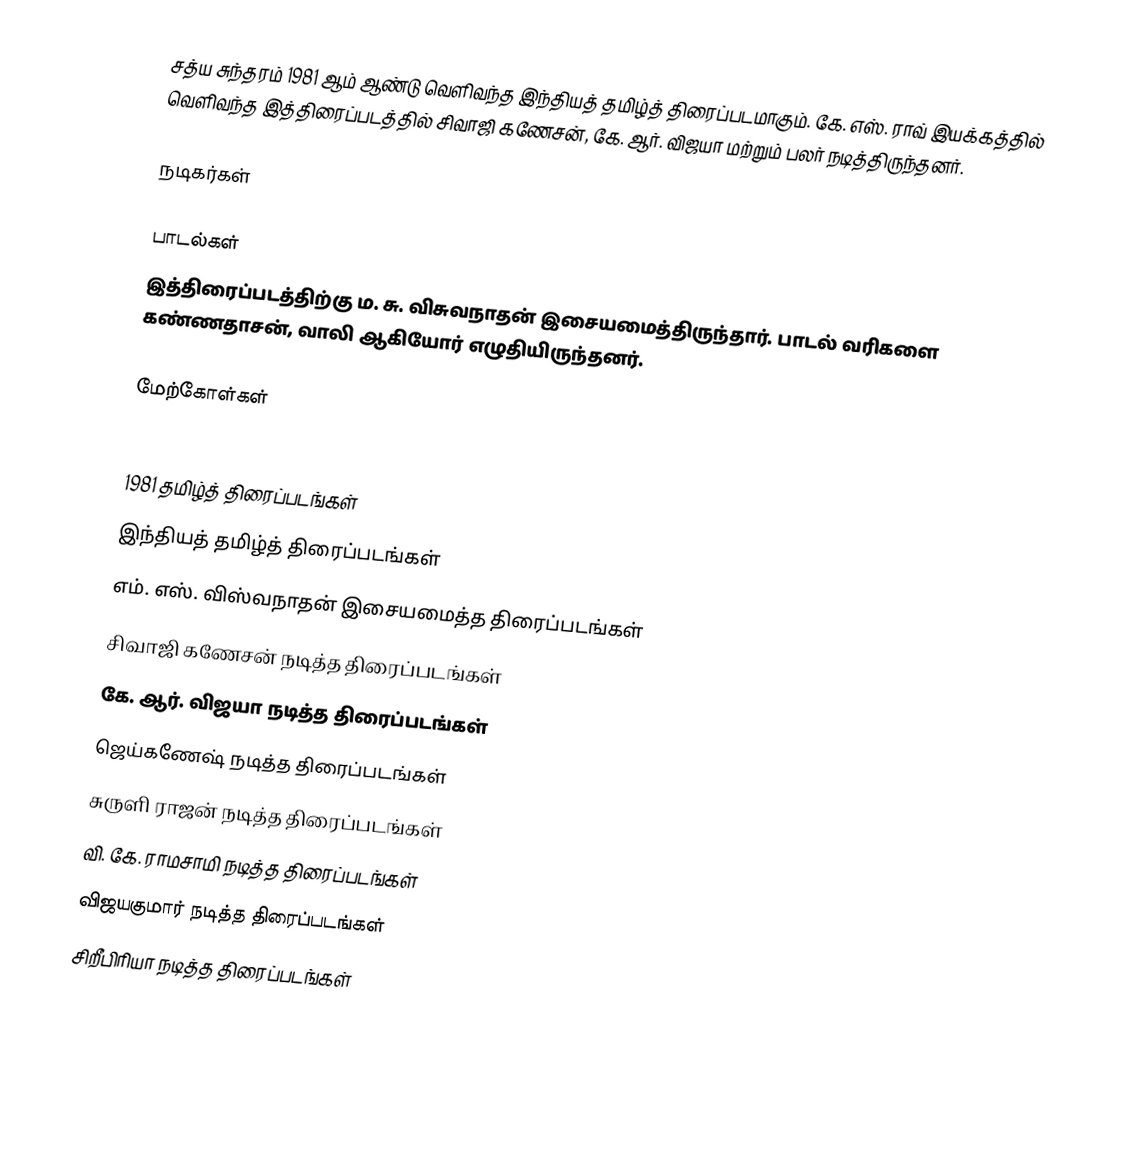
சத்ய சுந்தரம் 1981 ஆம் ஆண்டு வெளிவந்த இந்தியத் தமிழ்த் திரைப்படமாகும். கே. எஸ். ராவ் இயக்கத்தில் வெளிவந்த இத்திரைப்படத்தில் சிவாஜி கணேசன், கே. ஆர். விஜயா மற்றும் பலர் நடித்திருந்தனர்.

நடிகர்கள்

பாடல்கள்
இத்திரைப்படத்திற்கு ம. சு. விசுவநாதன் இசையமைத்திருந்தார். பாடல் வரிகளை கண்ணதாசன், வாலி ஆகியோர் எழுதியிருந்தனர்.

மேற்கோள்கள்

1981 தமிழ்த் திரைப்படங்கள்
இந்தியத் தமிழ்த் திரைப்படங்கள்
எம். எஸ். விஸ்வநாதன் இசையமைத்த திரைப்படங்கள்
சிவாஜி கணேசன் நடித்த திரைப்படங்கள்
கே. ஆர். விஜயா நடித்த திரைப்படங்கள்
ஜெய்கணேஷ் நடித்த திரைப்படங்கள்
சுருளி ராஜன் நடித்த திரைப்படங்கள்
வி. கே. ராமசாமி நடித்த திரைப்படங்கள்
விஜயகுமார் நடித்த திரைப்படங்கள்
சிறீபிரியா நடித்த திரைப்படங்கள்